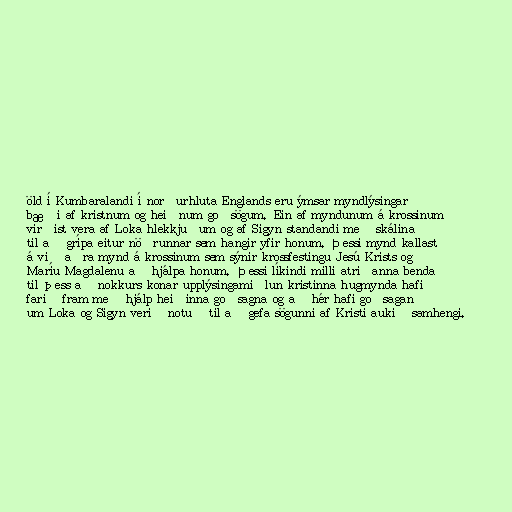
öld í Kumbaralandi í norðurhluta Englands eru ýmsar myndlýsingar
bæði af kristnum og heiðnum goðsögum. Ein af myndunum á krossinum
virðist vera af Loka hlekkjuðum og af Sigyn standandi með skálina
til að grípa eitur nöðrunnar sem hangir yfir honum. Þessi mynd kallast
á við aðra mynd á krossinum sem sýnir krossfestingu Jesú Krists og
Maríu Magdalenu að hjálpa honum. Þessi líkindi milli atriðanna benda
til þess að nokkurs konar upplýsingamiðlun kristinna hugmynda hafi
farið fram með hjálp heiðinna goðsagna og að hér hafi goðsagan
um Loka og Sigyn verið notuð til að gefa sögunni af Kristi aukið samhengi.